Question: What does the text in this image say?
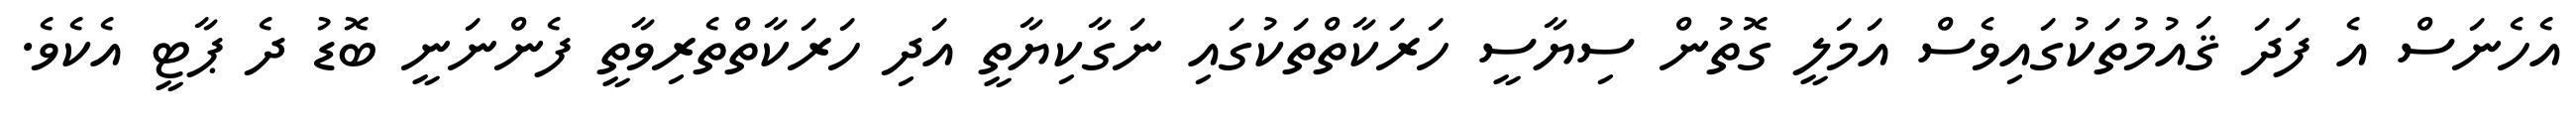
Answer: އެހެނަސް އެ ފަދަ ޤައުމުތަކުގައިވެސް އަމަލީ ގޮތުން ސިޔާސީ ހަރަކާތްތަކުގައި ނަގާކިޔާތީ އަދި ހަރަކާތްތެރިވާތީ ފެންނަނީ ބޮޑު ދެ ޕާޓީ އެކެވެ.